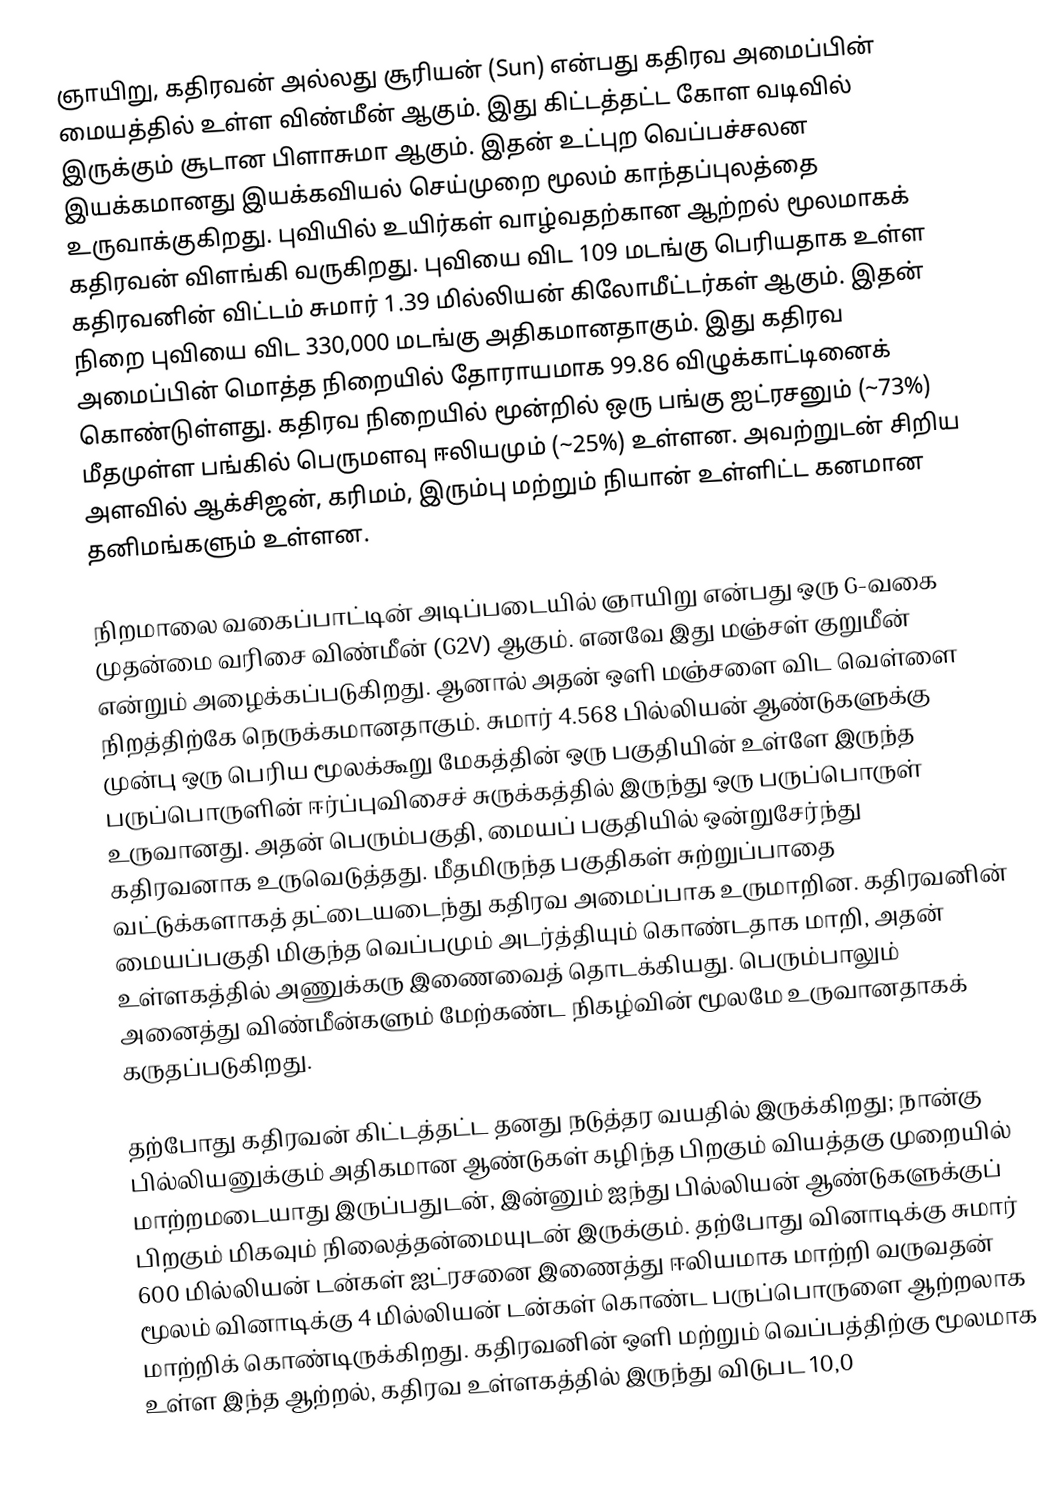
ஞாயிறு, கதிரவன் அல்லது சூரியன் (Sun) என்பது கதிரவ அமைப்பின் மையத்தில் உள்ள விண்மீன் ஆகும். இது கிட்டத்தட்ட கோள வடிவில் இருக்கும் சூடான பிளாசுமா ஆகும். இதன் உட்புற  வெப்பச்சலன இயக்கமானது இயக்கவியல் செய்முறை மூலம் காந்தப்புலத்தை உருவாக்குகிறது. புவியில் உயிர்கள் வாழ்வதற்கான ஆற்றல் மூலமாகக் கதிரவன் விளங்கி வருகிறது. புவியை விட 109 மடங்கு பெரியதாக உள்ள கதிரவனின் விட்டம் சுமார் 1.39 மில்லியன் கிலோமீட்டர்கள் ஆகும். இதன் நிறை புவியை விட 330,000 மடங்கு அதிகமானதாகும். இது கதிரவ அமைப்பின் மொத்த நிறையில் தோராயமாக 99.86 விழுக்காட்டினைக் கொண்டுள்ளது. கதிரவ நிறையில் மூன்றில் ஒரு பங்கு ஐட்ரசனும் (~73%) மீதமுள்ள பங்கில் பெருமளவு ஈலியமும் (~25%) உள்ளன. அவற்றுடன் சிறிய அளவில் ஆக்சிஜன், கரிமம், இரும்பு மற்றும் நியான் உள்ளிட்ட கனமான தனிமங்களும் உள்ளன.

நிறமாலை வகைப்பாட்டின் அடிப்படையில் ஞாயிறு என்பது ஒரு G-வகை முதன்மை வரிசை விண்மீன் (G2V) ஆகும். எனவே இது மஞ்சள் குறுமீன் என்றும் அழைக்கப்படுகிறது. ஆனால் அதன் ஒளி மஞ்சளை விட வெள்ளை நிறத்திற்கே நெருக்கமானதாகும். சுமார் 4.568 பில்லியன் ஆண்டுகளுக்கு முன்பு ஒரு பெரிய மூலக்கூறு மேகத்தின் ஒரு பகுதியின் உள்ளே இருந்த பருப்பொருளின் ஈர்ப்புவிசைச் சுருக்கத்தில் இருந்து ஒரு பருப்பொருள் உருவானது. அதன் பெரும்பகுதி, மையப் பகுதியில் ஒன்றுசேர்ந்து கதிரவனாக உருவெடுத்தது. மீதமிருந்த பகுதிகள் சுற்றுப்பாதை வட்டுக்களாகத் தட்டையடைந்து கதிரவ அமைப்பாக உருமாறின. கதிரவனின் மையப்பகுதி மிகுந்த வெப்பமும் அடர்த்தியும் கொண்டதாக மாறி, அதன் உள்ளகத்தில் அணுக்கரு இணைவைத் தொடக்கியது. பெரும்பாலும் அனைத்து விண்மீன்களும் மேற்கண்ட நிகழ்வின் மூலமே உருவானதாகக் கருதப்படுகிறது.

தற்போது கதிரவன் கிட்டத்தட்ட தனது நடுத்தர வயதில் இருக்கிறது; நான்கு பில்லியனுக்கும் அதிகமான ஆண்டுகள் கழிந்த பிறகும் வியத்தகு முறையில் மாற்றமடையாது இருப்பதுடன், இன்னும் ஐந்து பில்லியன் ஆண்டுகளுக்குப் பிறகும் மிகவும் நிலைத்தன்மையுடன் இருக்கும். தற்போது வினாடிக்கு சுமார் 600 மில்லியன் டன்கள் ஐட்ரசனை இணைத்து ஈலியமாக மாற்றி வருவதன் மூலம் வினாடிக்கு 4 மில்லியன் டன்கள் கொண்ட பருப்பொருளை ஆற்றலாக மாற்றிக் கொண்டிருக்கிறது. கதிரவனின் ஒளி மற்றும் வெப்பத்திற்கு மூலமாக உள்ள இந்த ஆற்றல், கதிரவ உள்ளகத்தில் இருந்து விடுபட 10,0